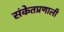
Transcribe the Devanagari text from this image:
संकेतप्रणाली